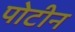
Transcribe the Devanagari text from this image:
पोटीन